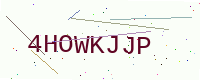
Text: 4HOWKJJP